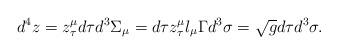
LaTeX: \begin{align*}d^{4}z=z_{\tau }^{\mu }d\tau d^{3}\Sigma _{\mu }=d\tau z_{\tau }^{\mu}l_{\mu }\Gamma d^{3}\sigma =\sqrt{g}d\tau d^{3}\sigma . \end{align*}